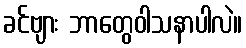
ခင်ဗျား ဘာတွေဝါသနာပါလဲ။